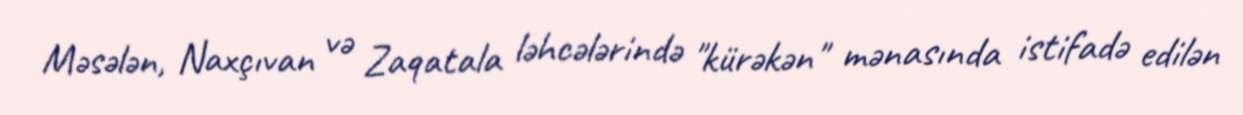
Məsələn, Naxçıvan və Zaqatala ləhcələrində "kürəkən" mənasında istifadə edilən